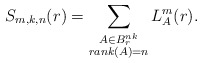
\begin{align*} S_{m, k, n}(r) = \sum_{\substack{ A \in B_r^{nk} \\ rank(A) = n }} L_{A}^{m}(r).\end{align*}